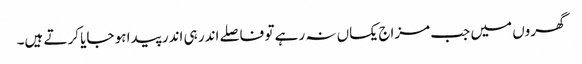
گھروں میں جب مزاج یکساں نہ رہے تو فاصلے اندر ہی اندر پیدا ہو جایا کرتے ہیں۔